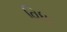
વિધા